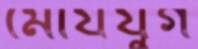
মৌর্যযুগ